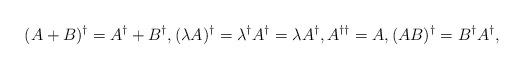
LaTeX: \begin{align*}(A+B)^\dagger=A^\dagger + B^\dagger, (\lambda A)^\dagger = \lambda^\dagger A^\dagger = \lambda A^\dagger, A^{\dagger \dagger}=A, (AB)^\dagger = B^\dagger A^\dagger,\end{align*}